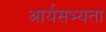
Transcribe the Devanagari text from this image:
आर्यसभ्यता